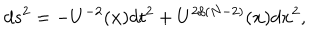
d s ^ { 2 } = - U ^ { - 2 } ( { \bf { x } } ) d t ^ { 2 } + U ^ { 2 / ( N - 2 ) } ( { \bf { x } } ) d { \bf { x } } ^ { 2 } ,